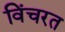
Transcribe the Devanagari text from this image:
विंचरत